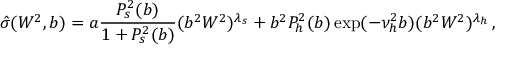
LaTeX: { \hat { \sigma } } ( W ^ { 2 } , b ) = a \frac { P _ { s } ^ { 2 } ( b ) } { 1 + P _ { s } ^ { 2 } ( b ) } ( b ^ { 2 } W ^ { 2 } ) ^ { \lambda _ { s } } + b ^ { 2 } P _ { h } ^ { 2 } ( b ) \exp ( - \nu _ { h } ^ { 2 } b ) ( b ^ { 2 } W ^ { 2 } ) ^ { \lambda _ { h } } \, ,